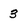
Character: 3